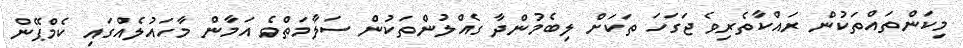
މިކަންތައްތަކުން ރައްކާތެރިވެ ޖަގަހަ ތަކަށް ލިބެމުންދާ ގެއްލުންތަކުން ސަލާމަތްވެ އަމާން މާހައުލެއްގައި ކެމްޕޭން